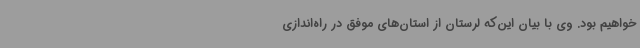
خواهیم بود. وی با بیان این‌که لرستان از استان‌های موفق در راه‌اندازی